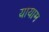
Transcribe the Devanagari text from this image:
यायाम